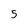
Character: 5